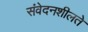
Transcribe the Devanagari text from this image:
संवेदनशीलते